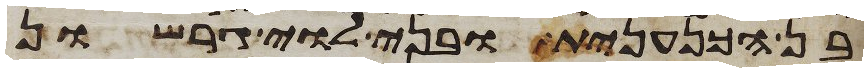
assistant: בן הכנענית ובני לוי גרשון